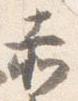
赤